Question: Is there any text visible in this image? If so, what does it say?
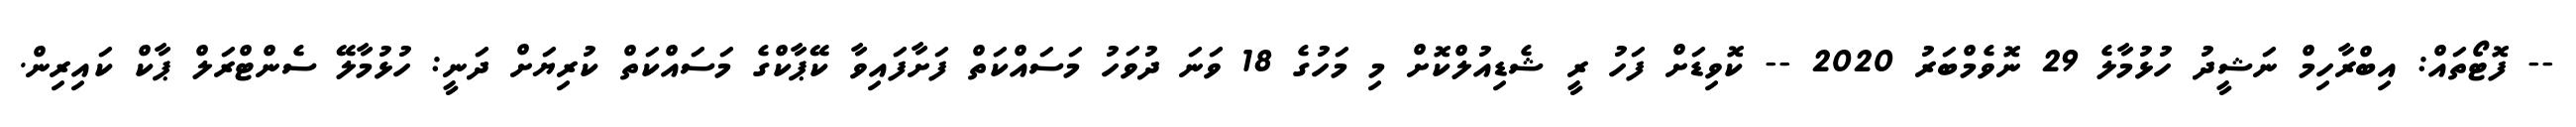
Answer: -- ފޮޓޯތައް: އިބްރާހިމް ނަޝީދު ހުޅުމާލެ 29 ނޮވެމްބަރު 2020 -- ކޮވިޑަށް ފަހު ރީ ޝެޑިއުލްކޮށް މި މަހުގެ 18 ވަނަ ދުވަހު މަސައްކަތް ފަށާފައިވާ ކޭޕާކްގެ މަސައްކަތް ކުރިޔަށް ދަނީ: ހުޅުމާލޭ ސެންޓްރަލް ޕާކް ކައިރިން.